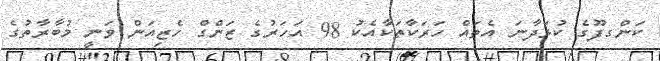
ކަންގފޫގެ ކުޅަދާނަ އެތައް ހަރަކާތަކާއެކު 98 އަހަރުގެ ޒަންގް ހެޒިއަން ވަނީ މުބާރާތުގެ